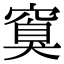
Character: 𬔏